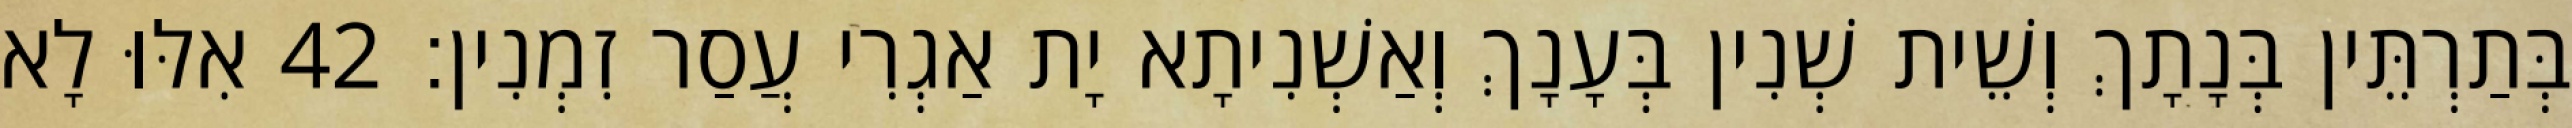
בְּתַרְתֵּין בְּנָתָךְ וְשֵׁית שְׁנִין בְּעָנָךְ וְאַשְׁנִיתָא יָת אַגְרִי עֲסַר זִמְנִין׃ 42 אִלּוּ לָא